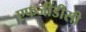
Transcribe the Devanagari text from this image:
एफजीडीसी